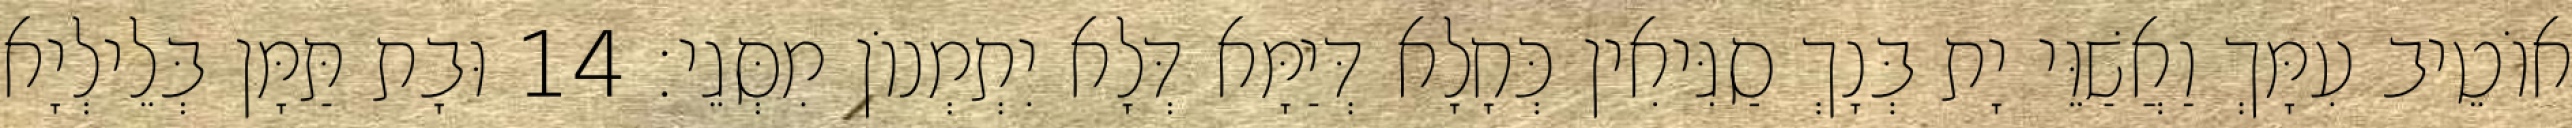
אוֹטֵיב עִמָּךְ וַאֲשַׁוֵּי יָת בְּנָךְ סַגִּיאִין כְּחָלָא דְּיַמָּא דְּלָא יִתְמְנוֹן מִסְּגֵי׃ 14 וּבָת תַּמָּן בְּלֵילְיָא